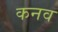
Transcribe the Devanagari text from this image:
कनव